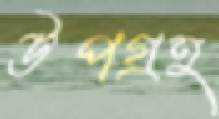
উপগ্রহ